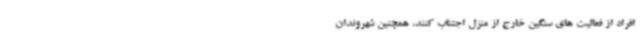
افراد از فعالیت های سنگین خارج از منزل اجتناب کنند، همچنین شهروندان